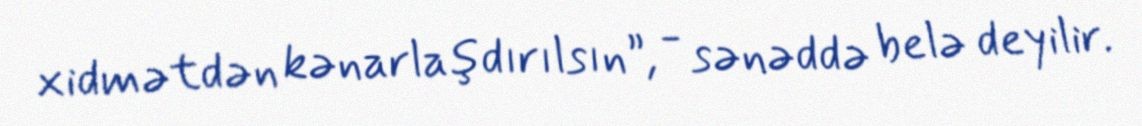
xidmətdən kənarlaşdırılsın”, - sənəddə belə deyilir.